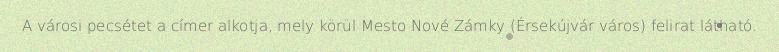
A városi pecsétet a címer alkotja, mely körül Mesto Nové Zámky (Érsekújvár város) felirat látható.